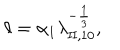
\ell = \alpha _ { 1 } \lambda _ { \mathrm { I I } , 1 0 } ^ { - \frac 1 3 } ,